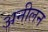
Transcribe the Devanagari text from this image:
अनीलन